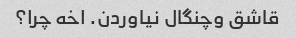
قاشق وچنگال نیاوردن. اخه چرا؟